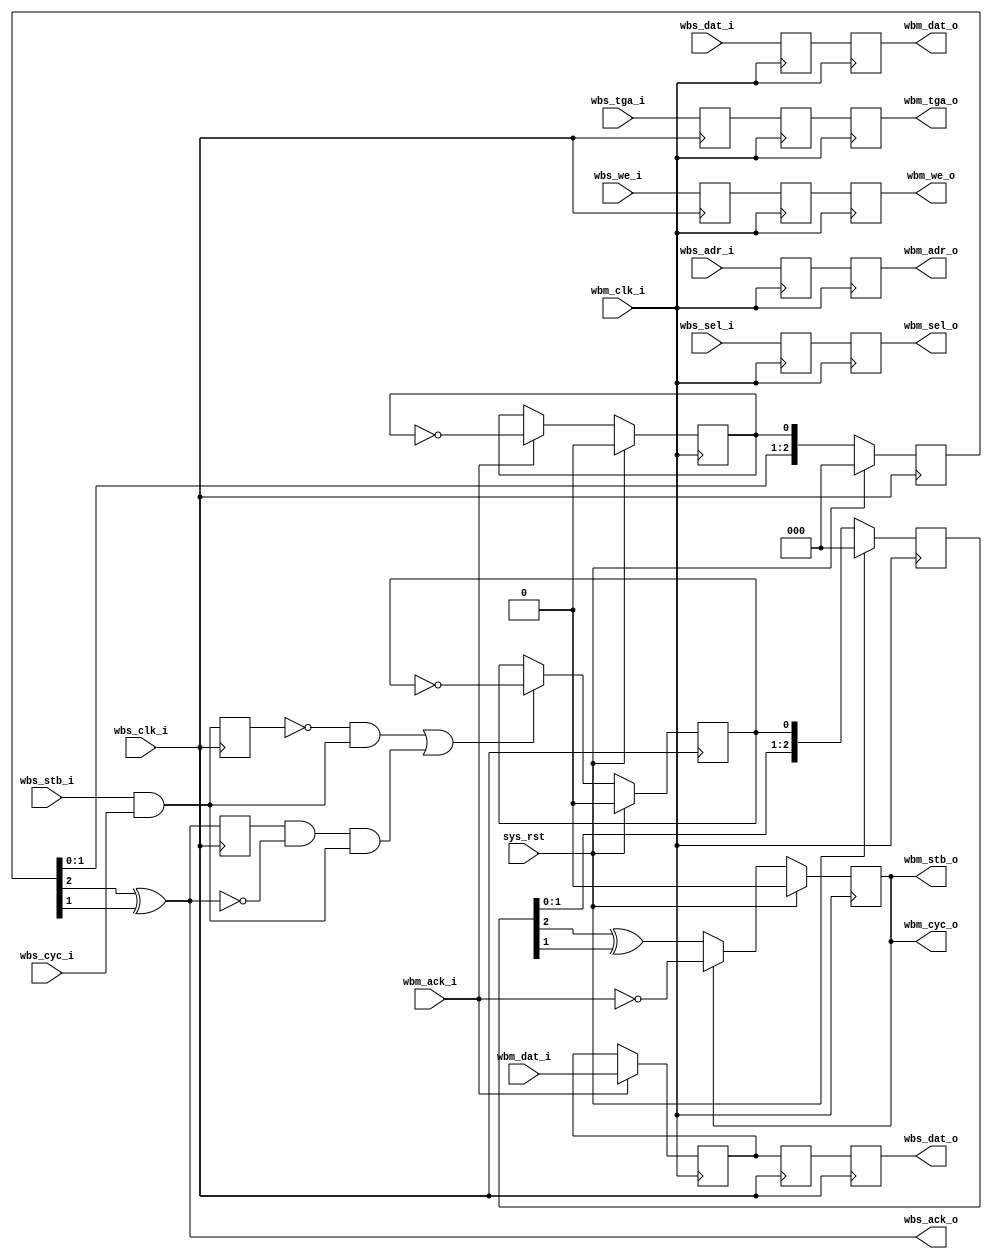
/*
 *  Wishbone asynchronous bridge with TGA and WE regslice
 *  Copyright (C) 2010  Zeus Gomez Marmolejo <zeus@aluzina.org>
 *
 *  This file is part of the Zet processor. This processor is free
 *  hardware; you can redistribute it and/or modify it under the terms of
 *  the GNU General Public License as published by the Free Software
 *  Foundation; either version 3, or (at your option) any later version.
 *
 *  Zet is distrubuted in the hope that it will be useful, but WITHOUT
 *  ANY WARRANTY; without even the implied warranty of MERCHANTABILITY
 *  or FITNESS FOR A PARTICULAR PURPOSE. See the GNU General Public
 *  License for more details.
 *
 *  You should have received a copy of the GNU General Public License
 *  along with Zet; see the file COPYING. If not, see
 *  <http://www.gnu.org/licenses/>.
 */

module wb_abrgr (
    input sys_rst,

    // Wishbone slave interface
    input             wbs_clk_i,
    input      [19:1] wbs_adr_i,
    input      [15:0] wbs_dat_i,
    output reg [15:0] wbs_dat_o,
    input      [ 1:0] wbs_sel_i,
    input             wbs_tga_i,
    input             wbs_stb_i,
    input             wbs_cyc_i,
    input             wbs_we_i,
    output            wbs_ack_o,

    // Wishbone master interface
    input             wbm_clk_i,
    output reg [19:1] wbm_adr_o,
    output reg [15:0] wbm_dat_o,
    input      [15:0] wbm_dat_i,
    output reg [ 1:0] wbm_sel_o,
    output reg        wbm_tga_o,
    output            wbm_stb_o,
    output            wbm_cyc_o,
    output reg        wbm_we_o,
    input             wbm_ack_i
  );

  // Registers and nets
  wire       wbs_stb;
  wire       init_tr;
  reg        wbm_stb;
  reg  [2:0] sync_stb;
  reg  [2:0] sync_ack;
  reg        ft_stb;
  reg        ft_ack;
  reg        stb_r;
  reg        ack_r;

  reg [19:1] wbm_adr_o_r;
  reg [15:0] wbm_dat_o_r;
  reg [ 1:0] wbm_sel_o_r;
  reg        wbs_tga_i_r;
  reg        wbm_tga_o_r;
  reg        wbs_we_i_r;
  reg        wbm_we_o_r;
  reg [15:0] wbs_dat_o_r;
  reg [15:0] wbm_dat_i_r;

  // Continous assignments
  assign wbs_stb = wbs_stb_i & wbs_cyc_i;

  // recreate the flag from the level change
  assign wbs_ack_o = (sync_ack[2] ^ sync_ack[1]);
  assign wbm_stb_o = wbm_stb;
  assign wbm_cyc_o = wbm_stb;

  /*
   * A new wishbone transaction is issued:
   * . by changing stb from 0 to 1
   * . by continue asserting stb after ack is received
   */
  assign init_tr = ~stb_r & wbs_stb | ack_r & ~wbs_ack_o & wbs_stb;

  // Behaviour
  // wbm_stb
  always @(posedge wbm_clk_i)
    wbm_stb <= sys_rst ? 1'b0
      : (wbm_stb ? ~wbm_ack_i : sync_stb[2] ^ sync_stb[1]);

  // old stb and ack state
  always @(posedge wbs_clk_i) stb_r <= wbs_stb;
  always @(posedge wbs_clk_i) ack_r <= wbs_ack_o;

  always @(posedge wbs_clk_i)
    ft_stb <= sys_rst ? 1'b0 : (init_tr ? ~ft_stb : ft_stb);

  // synchronize the last level change
  always @(posedge wbm_clk_i)
    sync_stb <= sys_rst ? 3'h0 : {sync_stb[1:0], ft_stb};

  // this changes level when a flag is seen
  always @(posedge wbm_clk_i)
    ft_ack <= sys_rst ? 1'b0 : (wbm_ack_i ? ~ft_ack : ft_ack);

  // which can then be synched to wbs_clk_i
  always @(posedge wbs_clk_i)
    sync_ack <= sys_rst ? 3'h0 : {sync_ack[1:0], ft_ack};

  // rest of the wishbone signals
  always @(posedge wbm_clk_i)
    {wbm_adr_o, wbm_adr_o_r} <= {wbm_adr_o_r, wbs_adr_i};

  always @(posedge wbm_clk_i)
    {wbm_dat_o, wbm_dat_o_r} <= {wbm_dat_o_r, wbs_dat_i};

  always @(posedge wbm_clk_i)
    {wbm_sel_o, wbm_sel_o_r} <= {wbm_sel_o_r, wbs_sel_i};

  always @(posedge wbs_clk_i) wbs_we_i_r <= wbs_we_i;
  always @(posedge wbm_clk_i)
    {wbm_we_o, wbm_we_o_r} <= {wbm_we_o_r, wbs_we_i_r};

  always @(posedge wbs_clk_i) wbs_tga_i_r <= wbs_tga_i;
  always @(posedge wbm_clk_i)
    {wbm_tga_o, wbm_tga_o_r} <= {wbm_tga_o_r, wbs_tga_i_r};

  /*
   * Register input coming from the slave as that can change
   * after the ack is received
   */
  always @(posedge wbm_clk_i)
    wbm_dat_i_r <= wbm_ack_i ? wbm_dat_i : wbm_dat_i_r;

  always @(posedge wbs_clk_i)
    {wbs_dat_o, wbs_dat_o_r} <= {wbs_dat_o_r, wbm_dat_i_r};

endmodule